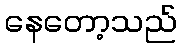
နေတော့သည်